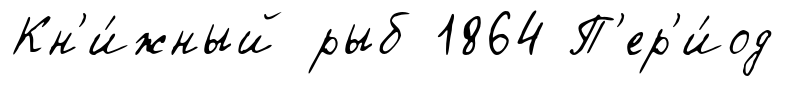
Кн'и́жный рыб 1864 П'ер'и́од